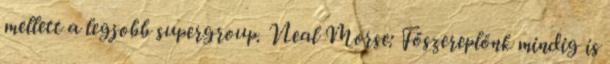
mellett a legjobb supergroup. Neal Morse: Főszereplőnk mindig is